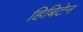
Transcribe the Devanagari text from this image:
हिबिटेन